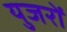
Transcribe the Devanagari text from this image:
युजरों